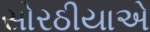
સોરઠીયાએ